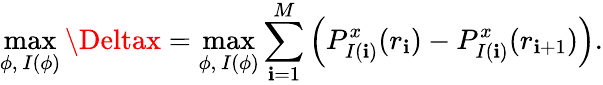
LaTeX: \operatorname*{max}_{\phi,\ I(\phi)}\Deltax=\operatorname*{max}_{\phi,\ I(\phi)}\sum_{\mathbf{i}=1}^{M}\Big(P_{I(\mathbf{i})}^{x}(r_{\mathbf{i}})-P_{I(\mathbf{i})}^{x}(r_{\mathbf{i}+1})\Big).